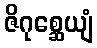
ဇိဂုစ္ဆေယျံ